Report on sanitation, dispensaries, and jails in Rajputana for 1913, and on vaccination for the year 1913-1914 - 1913-1914
Year: 1913
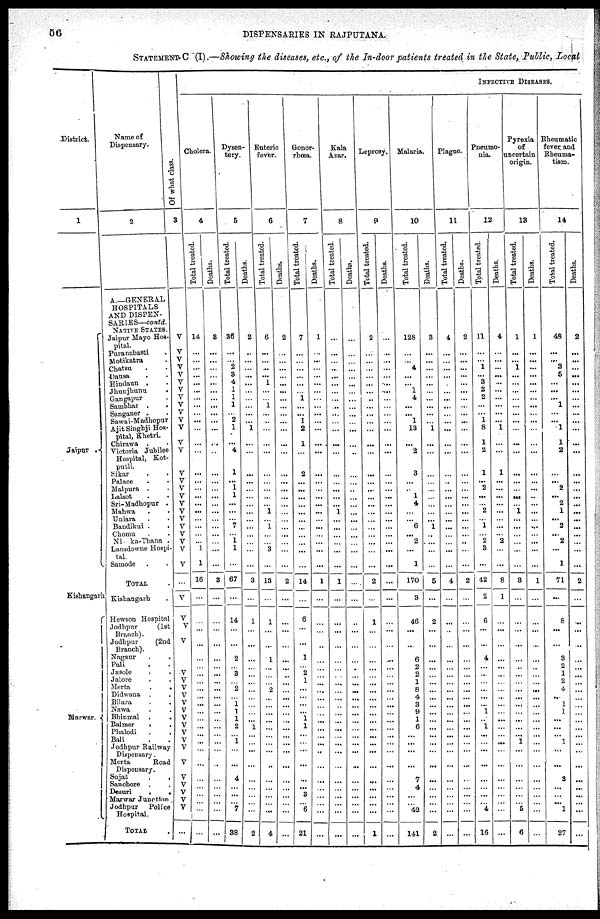
56
DISPENSARIES IN RAJPUTANA.
STATEMENT C (I).—Showing the diseases, etc., of the In-door patients treated in the State, Public, Local
District.
1
Jaipur .
Kishangarh
Marwar.
Name of
Dispensary.
2
A.—GENERAL
HOSPITALS
AND DISPEN-
SARIES— contd.
NATIVE STATES.
Jaipur Mayo Hos¬
pital.
Puranabasti .
Motikatra .
Chatsu . .
Dausa . .
Hindaun . .
Jhunjhunu .
Gangapur .
Sambhar . .
Sanganer . .
Sawai-Madhopur
Ajit Singhji Hos¬
pital, Khetri.
Chirawa . .
Victoria Jubilee
Hospital, Kot¬
putli.
Sikar . .
Palace . .
Malpura . .
Lalsot . .
Sri-Madhopur .
Mahwa . .
Uniara . .
Bandikui . .
Chomu . .
Ni ka-Thana .
Lansdowne Hospi¬
tal.
Samode . .
TOTAL .
Kishangarh .
Hewson Hospitn
Jodhpur
(1st
Branch).
Jodhpur
(2nd
Branch).
Nagaur . .
Pali . .
Jasole . .
Jalore . .
Merta . .
Didwana . .
Bilara . .
Nawa . .
Bhinmal . .
Balmer
. .
Phalodi. .
Bali . .
Jodhpur Railway
Dispensary.
Merta
Road
Dispensary.
Sojat . .
Sanchore . .
Desuri
. .
Marwar Junction .
Jodhpur Police
Hospital.
TOTAL
.
INFECTIVE DISEASES.
Of what class.
3
1
V
V
V
V
V
V
V
V
V
V
V
V
V
V
V
V
V
V
V
V
V V
V
V
V
V
...
V
V
V
V
V
V V
V
V
V
V
V
V
V
V
V
V
V
V
V
V
...
Cholera.
4
Total treated.
14
...
...
...
...
...
...
...
...
...
...
...
...
...
...
...
...
...
...
...
...
...
...
...
1
1
16
...
...
...
...
...
...
...
...
...
...
...
...
...
... ...
... ...
...
...
...
...
...
...
...
Deaths.
8
...
...
...
...
...
...
...
...
...
...
...
...
...
...
...
...
...
...
...
...
...
...
...
...
...
3
...
...
...
...
...
...
...
...
...
...
...
...
...
...
...
... ...
...
...
...
...
...
...
...
Dysen¬
tery.
5
Total treated.
36
...
...
2
3
4
1
1
1
...
2
1
...
4
1
... 1
1
...
...
...
7
... 1 1
...
67
...
14
...
...
2
...
3
...
2
... 1
1
1
2
... 1
...
...
4
...
...
...
7
38
Deaths.
2
..
...
...
...
...
...
...
...
...
... 1
...
...
...
...
...
...
...
...
...
...
...
...
...
...
3
...
1
...
...
...
...
...
...
...
...
...
...
...
1
...
...
...
...
...
...
...
...
...
2
Enteric
fever.
6
Total treated.
6
...
...
...
... 1
...
... 1
...
..
...
...
...
...
...
...
...
...
1
...
1
...
...
3
...
13
...
1
...
...
1
...
...
...
2
...
...
...
...
...
...
... ...
...
...
...
...
...
...
4
Deaths.
2
...
...
...
...
...
...
...
...
...
...
...
...
...
...
...
...
...
...
...
...
...
...
...
...
...
2
...
...
...
...
...
...
... ...
...
...
...
...
...
...
...
... ...
...
...
...
...
...
...
...
Gonor-
rhœa.
7
Total treated.
7
...
...
...
...
...
...
1
...
... 1
2
1
...
2
...
...
...
...
...
...
...
...
...
...
...
14
...
6
...
...
1
...
2
1
...
... ...
... 1
1
...
... ...
...
...
... 3
...
6
21
Deaths.
1
...
...
...
...
...
...
...
...
...
...
...
...
...
...
...
...
...
...
...
...
...
...
...
...
...
1
...
...
...
...
...
...
...
...
...
...
...
...
...
...
...
...
...
...
...
...
...
...
...
...
Kala
Azar.
8
Total treated.
...
...
...
...
...
...
...
...
..
...
...
...
...
...
...
...
...
...
...
1
...
...
...
...
...
...
1
...
...
...
...
...
...
...
...
...
... ...
...
...
...
...
... ...
...
...
...
...
...
...
...
Deaths.
...
...
...
...
...
...
...
...
...
...
...
...
...
..
...
...
...
...
...
...
...
...
...
...
...
...
...
...
...
...
...
...
...
...
...
...
...
...
...
...
...
...
...
...
...
...
...
...
...
...
...
Leprosy.
9
Total treated.
2
...
...
...
...
...
...
..
...
...
...
...
...
...
...
...
...
...
...
...
...
...
...
...
...
...
2
...
1
...
...
... ...
...
...
...
... ...
... ...
...
...
...
...
...
...
...
...
...
...
1
Deaths.
...
...
...
...
...
...
...
...
...
...
...
...
...
...
...
...
...
...
...
...
...
...
...
...
...
...
...
...
...
...
...
...
...
...
...
...
...
...
...
...
...
... ...
...
...
...
...
...
...
...
Malaria.
10
Total treated.
128
...
...
4
...
...
1
4
...
... 1
13
...
2
3
...
... 1
4
... ... 6
... 2
...
1
170
3
46
...
...
6
2
2
1
8
4
3
9
1
6
...
... ...
...
7
...
...
...
42
141
Deaths.
3
...
...
...
...
...
...
...
...
...
... 1
...
...
...
...
...
...
...
...
... 1
...
...
...
...
5
...
2
...
...
...
...
...
...
...
...
...
...
...
...
...
...
...
...
...
...
...
...
...
2
Plague.
11
Total treated.
4
...
...
...
...
...
...
...
...
...
...
...
...
...
...
...
...
...
...
... ...
...
...
...
...
...
4
...
...
...
...
...
...
...
...
...
...
...
...
...
...
...
... ...
...
...
...
...
...
...
...
Deaths.
2
...
...
...
...
...
...
...
...
...
...
...
...
...
...
...
...
...
...
...
...
...
...
...
...
...
2
...
...
...
...
...
...
...
...
...
...
...
...
...
...
...
... ...
...
...
...
...
...
...
...
Pneumo¬
nia.
12
Total treated.
11
...
...
1
... 3
2
2
...
...
1
8
1
2
1
... 2
...
...
...
... 1
... 2
3
...
42
2
6
...
...
4
...
...
...
...
...
...
1
...
1
...
... ...
...
...
...
...
...
4
16
Deaths.
4
...
...
...
...
...
...
...
...
...
... 1
...
...
1
...
...
...
...
...
...
...
... 2
...
...
8
1
...
...
...
...
...
...
...
...
...
...
...
...
...
...
...
...
...
...
...
...
...
...
...
Pyrexia
of
uncertain
origin.
13
Total treated.
1
...
...
1
...
...
...
...
...
...
...
...
...
...
...
...
...
...
...
1
...
...
...
...
...
...
3
...
...
...
...
...
...
...
...
...
...
...
... ...
... ... 1
...
...
...
...
...
...
5
6
Deaths.
1
...
...
...
...
...
...
...
...
...
...
...
...
...
...
...
...
..
...
...
...
...
...
...
...
...
1
...
...
...
...
...
...
...
...
...
...
...
...
...
...
...
... ...
...
...
...
...
...
...
...
Rheumatic
fever, and
Rheuma-
tism.
14
Total treated.
48
...
...
3
6
...
...
... 1
...
... 1
1
2
...
... 2
...
2
... ... 2
... 2
...
1
71
...
8
...
...
3
2
1
2
4
... 1
1
...
...
... 1
...
...
3
...
...
...
1
27
Deaths.
2
...
...
...
...
...
...
...
...
...
...
...
...
...
...
...
...
...
...
...
...
...
...
...
...
...
2
...
...
...
...
...
...
...
...
...
...
...
...
...
...
...
...
...
...
...
... ...
...
...
...